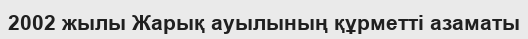
2002 жылы Жарық ауылының құрметті азаматы